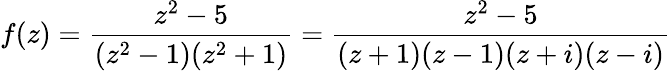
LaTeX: f(z)={\frac{z^{2}-5}{(z^{2}-1)(z^{2}+1)}}={\frac{z^{2}-5}{(z+1)(z-1)(z+i)(z-i)}}